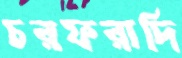
চরফরাদি